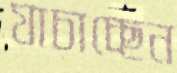
যাচাচ্ছেন